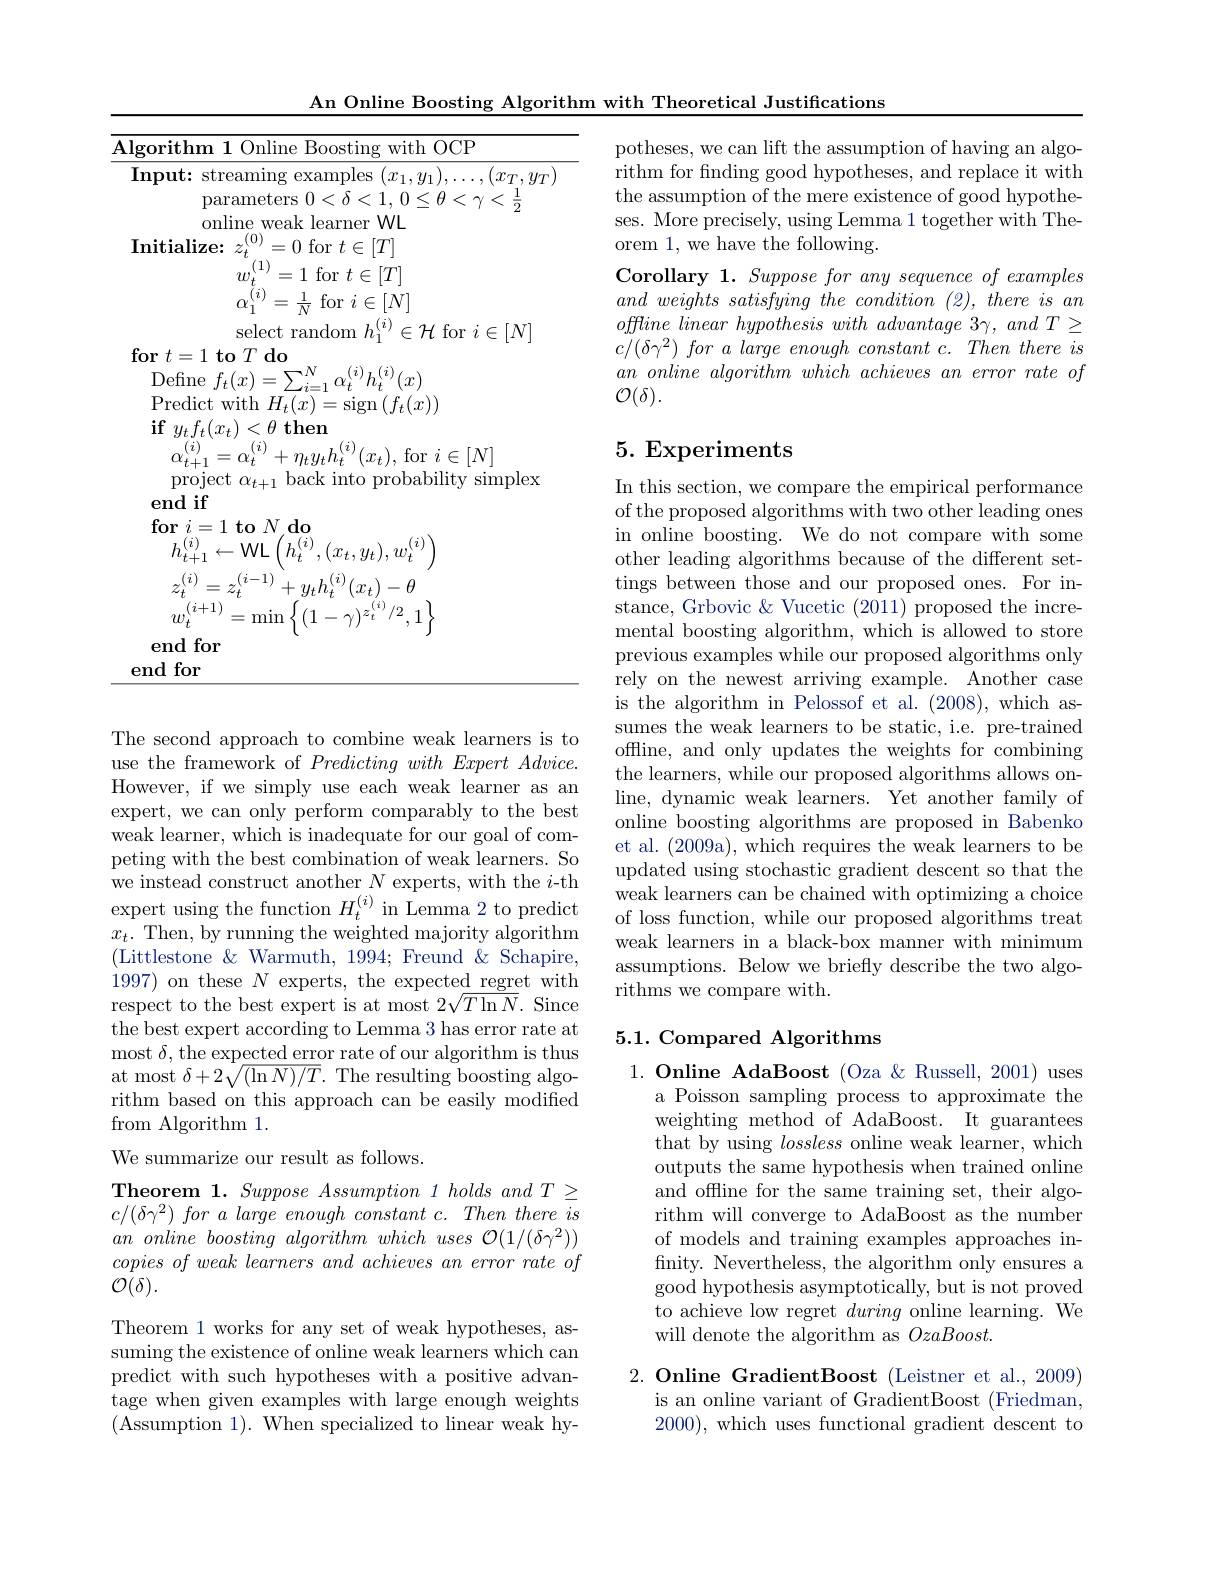
$\underline{\text{Algorithm 1 Online Boosting with OCP}}$
${\mathrm{Input:~streaming~examples~}(x_{1},y_{1}),\ldots,(x_{T},y_{T})}$
${\mathrm{parameters~}}0<\delta<1,0\leq\theta<\gamma<\frac{1}{2}$
online weak learner WL
$\begin{array}{l}{\mathbf{Initialize:}}&{z_{t}^{(0)}=0\mathrm{~for~}t\in[T]}\\{w_{t}^{(1)}=1\mathrm{~for~}t\in[T]}\\{\alpha_{1}^{(i)}=\frac{1}{N}\mathrm{~for~}i\in[N]}\end{array}$
$\operatorname { \text{select random }} h_1^{( i) }\in \mathcal{H}$ for $i\in[N]$
$\textbf{for }t= 1\textbf{to }T\textbf{do}$

An Online Boosting Algorithm with Theoretical Justifications
$\begin{array}{l}{{\mathbf{Define~}f_{t}(x)=\sum_{i=1}^{N}\alpha_{t}^{(i)}h_{t}^{(i)}(x)}}\\{{\mathrm{Define~}f_{t}(x)=\sum_{i=1}^{N}\alpha_{t}^{(i)}h_{t}^{(i)}(x)}}\end{array}$ Predict with $H_t(x)=$sign$\left(f_t(x)\right)$ $\begin{array}{l}{\mathbf{if}}&{y_{t}f_{t}(x_{t})<\theta\textbf{ then}}\\&{\alpha_{t+1}^{(i)}=\alpha_{t}^{(i)}+\eta_{t}y_{t}h_{t}^{(i)}(x_{t}),\text{ for }i\in[N]}\\{\mathrm{nroiect~}\alpha_{\cdots\cdots\text{back into nrobabilitv sim}}}\end{array}$
project $\alpha_{t+1}$ back into probability simplex
end if
$\mathbf{for}_{h_{t+1}^{(i)}\leftarrow\mathrm{WL}\left(h_{t}^{(i)},(x_{t},y_{t}),w_{t}^{(i)}\right)}$ $z_{t}^{(i)}=z_{t}^{(i-1)}+y_{t}h_{t}^{(i)}(x_{t})-\theta$ $w_{t}^{(i+1)}=\operatorname*{min}\left\{(1-\gamma)^{z_{t}^{(i)}/2},1\right\}$
end for end for

The second approach to combine weak learners is to use the framework of $PredictingwithExpertAdvice.$ However, if we simply use each weak learner as an expert, we can only perform comparably to the best weak learner, which is inadequate for our goal of competing with the best combination of weak learners. So we instead construct another $N$ experts, with the $i$-th expert using the function $H_t^{(i)}$ in Lemma 2 to predict $x_t.$ Then, by running the weighted majority algorithm (Littlestone$\&$Warmuth, 1994; Freund &Schapire, 1997) on these $N$ experts, the expected regret with respect to the best expert is at most $2\sqrt{T\ln N}.$ Since the best expert according to Lemma 3 has error rate at most $\delta$, the expected error rate of our algorithm is thus at most $\delta+2\sqrt(\ln N)/T.$ The resulting boosting algorithm based on this approach can be easily modified from Algorithm 1.

We summarize our result as follows.

Theorem 1. Suppose Assumption 1 holds and T 2 $c/ ( \delta \gamma ^2) \textit{ for a large enough constant c. Then there is}$ $an\textit{ online boosting algorithm which uses O}( 1/ ( \delta \gamma ^2) )$ $copies\textit{ of weak learners and achieves an error rate of}$ ${\mathcal O}(\delta).$

Theorem 1 works for any set of weak hypotheses, assuming the existence of online weak learners which can predict with such hypotheses with a positive advantage when given examples with large enough weights (Assumption 1). When specialized to linear weak hy-

potheses, we can lift the assumption of having an algorithm for finding good hypotheses, and replace it with the assumption of the mere existence of good hypotheses. More precisely, using Lemma 1 together with Theorem 1, we have the following.
Corollary 1. Suppose for any sequence of examples $and\textit{ weights satisfying the condition ( 2) , there is an}$ $offline\textit{ linear hypothesis with advantage 3}\gamma , and T\geq$ $c/ ( \delta \gamma ^2) \textit{ for a large enough constant c. Then there is}$ $an\textit{ online algorithm which achieves an error rate of}$ $\mathcal{O}(\delta).$

# 5. Experiments

In this section, we compare the empirical performance of the proposed algorithms with two other leading ones in online boosting. We do not compare with some other leading algorithms because of the different settings between those and our proposed ones. For instance, Grbovic& Vucetic (2011) proposed the incremental boosting algorithm, which is allowed to store previous examples while our proposed algorithms only rely on the newest arriving example. Another case is the algorithm in Pelossof et al. (2008), which assumes the weak learners to be static, i.e. pre-trained offline, and only updates the weights for combining the learners, while our proposed algorithms allows online, dynamic weak learners. Yet another family of online boosting algorithms are proposed in Babenko et al. (2009a), which requires the weak learners to be updated using stochastic gradient descent so that the weak learners can be chained with optimizing a choice of loss function, while our proposed algorithms treat weak learners in a black-box manner with minimum assumptions. Below we briefly describe the two algorithms we compare with.

## 5.1. Compared Algorithms

1. Online AdaBoost (Oza &Russell, 2001) uses
a Poisson sampling process to approximate the weighting method of AdaBoost. It guarantees that by using lossless online weak learner, which outputs the same hypothesis when trained online and offline for the same training set, their algorithm will converge to AdaBoost as the number of models and training examples approaches infnity. Nevertheless, the algorithm only ensures a good hypothesis asymptotically, but is not proved to achieve low regret during online learning. We will denote the algorithm as $OzaBoost.$

$2. \textbf{ Online GradientBoost ( Leistner et al. , 2009) }$
is an online variant of GradientBoost (Friedman, 2000), which uses functional gradient descent to